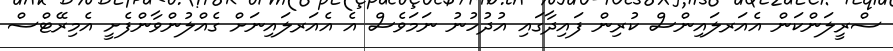
ސްރީލަންކަން އެއަރލައިންސް ކުރިން ފައިދާގައި އުދުހުނު ނަމަވެސް އެ އެއަރލައިނަށް ގެއްލުންވާންފެށީ އެމިރޭޓްސް